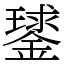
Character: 𨫣